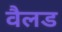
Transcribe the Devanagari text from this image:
वैलड